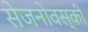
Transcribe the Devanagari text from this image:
सेजनोवस्की